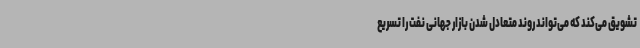
تشویق می‌کند که می‌تواند روند متعادل شدن بازار جهانی نفت را تسریع